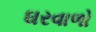
ઘરવાળો